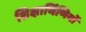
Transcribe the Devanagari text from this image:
शिक्षार्थिणियों